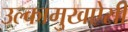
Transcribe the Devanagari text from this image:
उल्कामुखऐसी